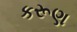
કરૂણ